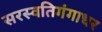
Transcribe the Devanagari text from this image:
सरस्वतिगंगाधर